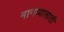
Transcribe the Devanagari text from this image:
मानव्यासाठी